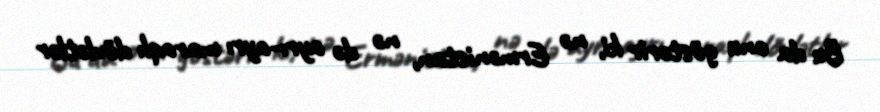
Bu da onu göstərir ki, nə Ermənistan, nə də ayrı-ayrı maraqlı dövlətlər